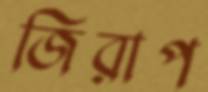
জিরাপ